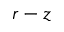
r - z